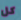
كل